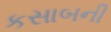
કસાબની